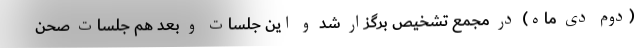
(دوم دی ماه) در مجمع تشخیص برگزار شد و این جلسات و بعد هم جلسات صحن